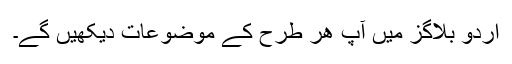
اردو بلاگز میں آپ ھر طرح کے موضوعات دیکھیں گے۔